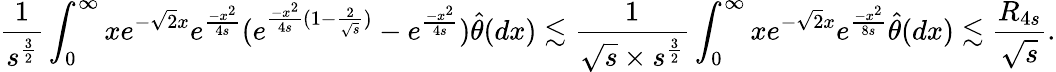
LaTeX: \frac{1}{s^{\frac{3}{2}}}\int_{0}^{\infty}xe^{-\sqrt{2}x}e^{\frac{-x^{2}}{4s}}(e^{\frac{-x^{2}}{4s}(1-\frac{2}{\sqrt{s}})}-e^{\frac{-x^{2}}{4s}})\widehat{\theta}(dx)\lesssim\frac{1}{\sqrt{s}\times s^{\frac{3}{2}}}\int_{0}^{\infty}xe^{-\sqrt{2}x}e^{\frac{-x^{2}}{8s}}\widehat{\theta}(dx)\lesssim\frac{R_{4s}}{\sqrt{s}}.